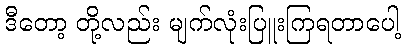
ဒီတော့ တို့လည်း မျက်လုံးပြူးကြရတာပေါ့